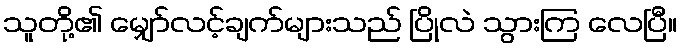
သူတို့၏ မျှော်လင့်ချက်များသည် ပြိုလဲ သွားကြ လေပြီ။